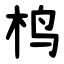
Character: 㭤